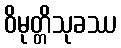
ဝိမုတ္တိသုခဿ